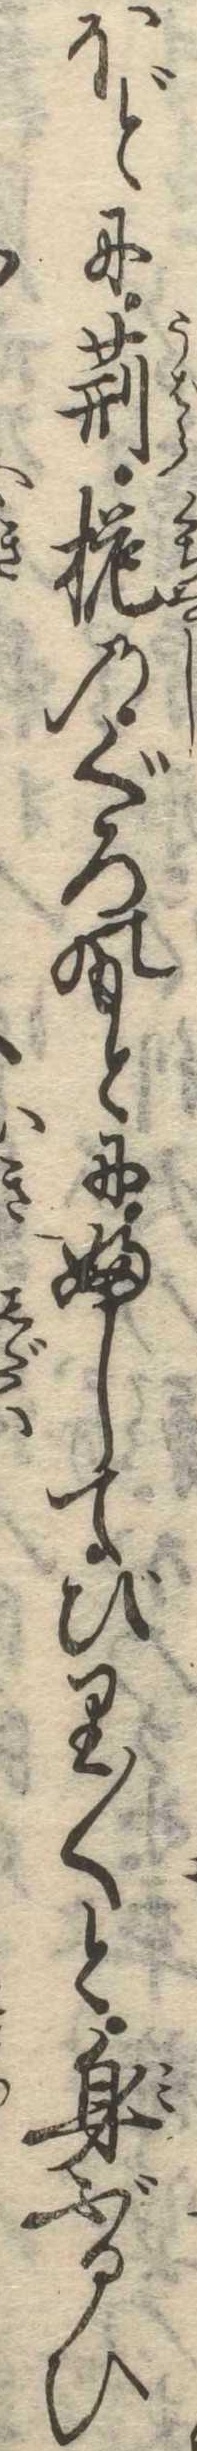
ほどに荊梔のぐろのもとにふしてびり〱と身ぶるひ